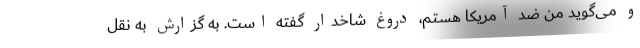
و می‌گوید من ضد آمریکا هستم، دروغ شاخدار گفته است. به گزارش به نقل